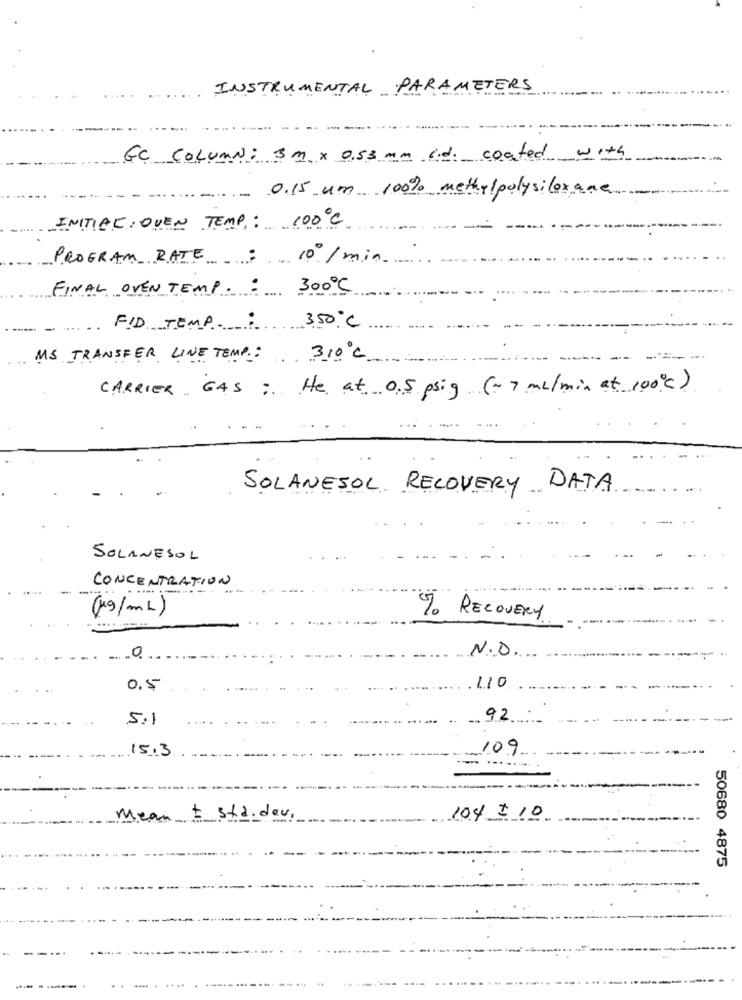
INSTRUMENTAL PARAMETERS
GC COLUMN: 3m x 0.53 mm lid. coated with
- 0.15 um 100% methylpolysilox ane
INITIAL, OVEN TEMP .: 100℃
PROGRAM RATE ; 10º/ min
FINAL OVEN TEMP. : 300℃
FID TEMP. :
3,50℃
MS TRANSFER LINE TEMP .:
310℃
CARRIER GAS : He at 0.5 psig (~7 ml/min at 100℃)
SOLANESOL RECOVERY DATA
SOLANESOL
CONCENTRATION
---
(19/ML)
% RECOVERY
0
N.D.
110
0.5
5.1
92
15.3
109
....
Mean - std.dev
10.4 $ 10
50680 4875